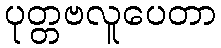
ပုတ္တဗလူပေတာ